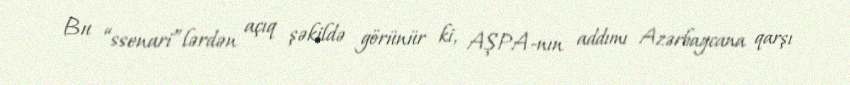
Bu “ssenari”lərdən açıq şəkildə görünür ki, AŞPA-nın addımı Azərbaycana qarşı